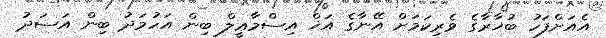
އެއަށްފަހު ބުޚާރާގެ ވެރިކަމަށް އޭނާގެ އަޚް އިސްމާޢީލް ބިން އަހުމަދު ބިން އަސަދު